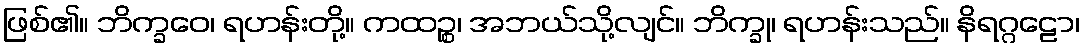
ဖြစ်၏။ ဘိက္ခဝေ၊ ရဟန်းတို့။ ကထဉ္စ၊ အဘယ်သို့လျင်။ ဘိက္ခု၊ ရဟန်းသည်။ နိရဂ္ဂဠော၊